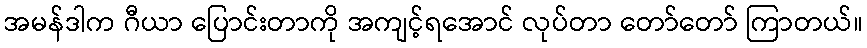
အမန်ဒါက ဂီယာ ပြောင်းတာကို အကျင့်ရအောင် လုပ်တာ တော်တော် ကြာတယ်။